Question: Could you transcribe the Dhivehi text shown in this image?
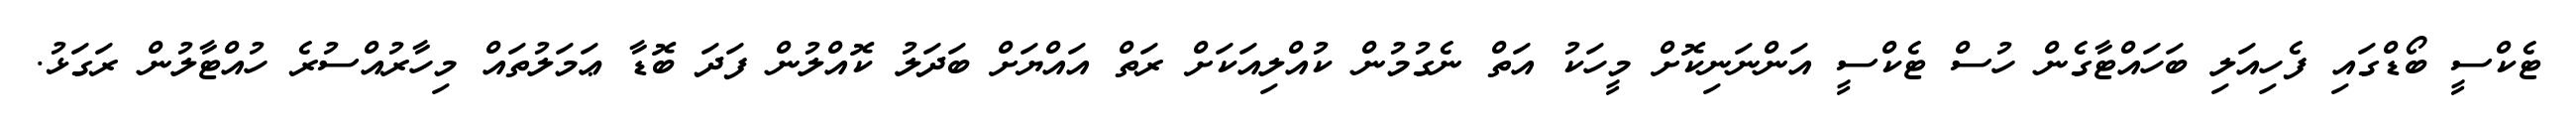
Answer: ޓެކްސީ ބޯޑްގައި ފެހިއަލި ބަހައްޓާގެން ހުސް ޓެކްސީ އަންނަނިކޮށް މީހަކު އަތް ނެގުމުން ކުއްލިއަކަށް ރަތް އައްޔަށް ބަދަލު ކޮއްލުން ފަދަ ބޮޑާ ޢަމަލުތައް މިހާރުއްސުރެ ހުއްޓާލުން ރަގަޅު.